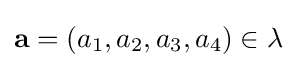
\mathbf {a} =(a_{1},a_{2},a_{3},a_{4})\in \lambda